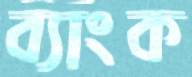
ব্যাংক